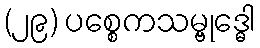
(၂၉) ပစ္စေကသမ္ဗုဒ္ဓေါ